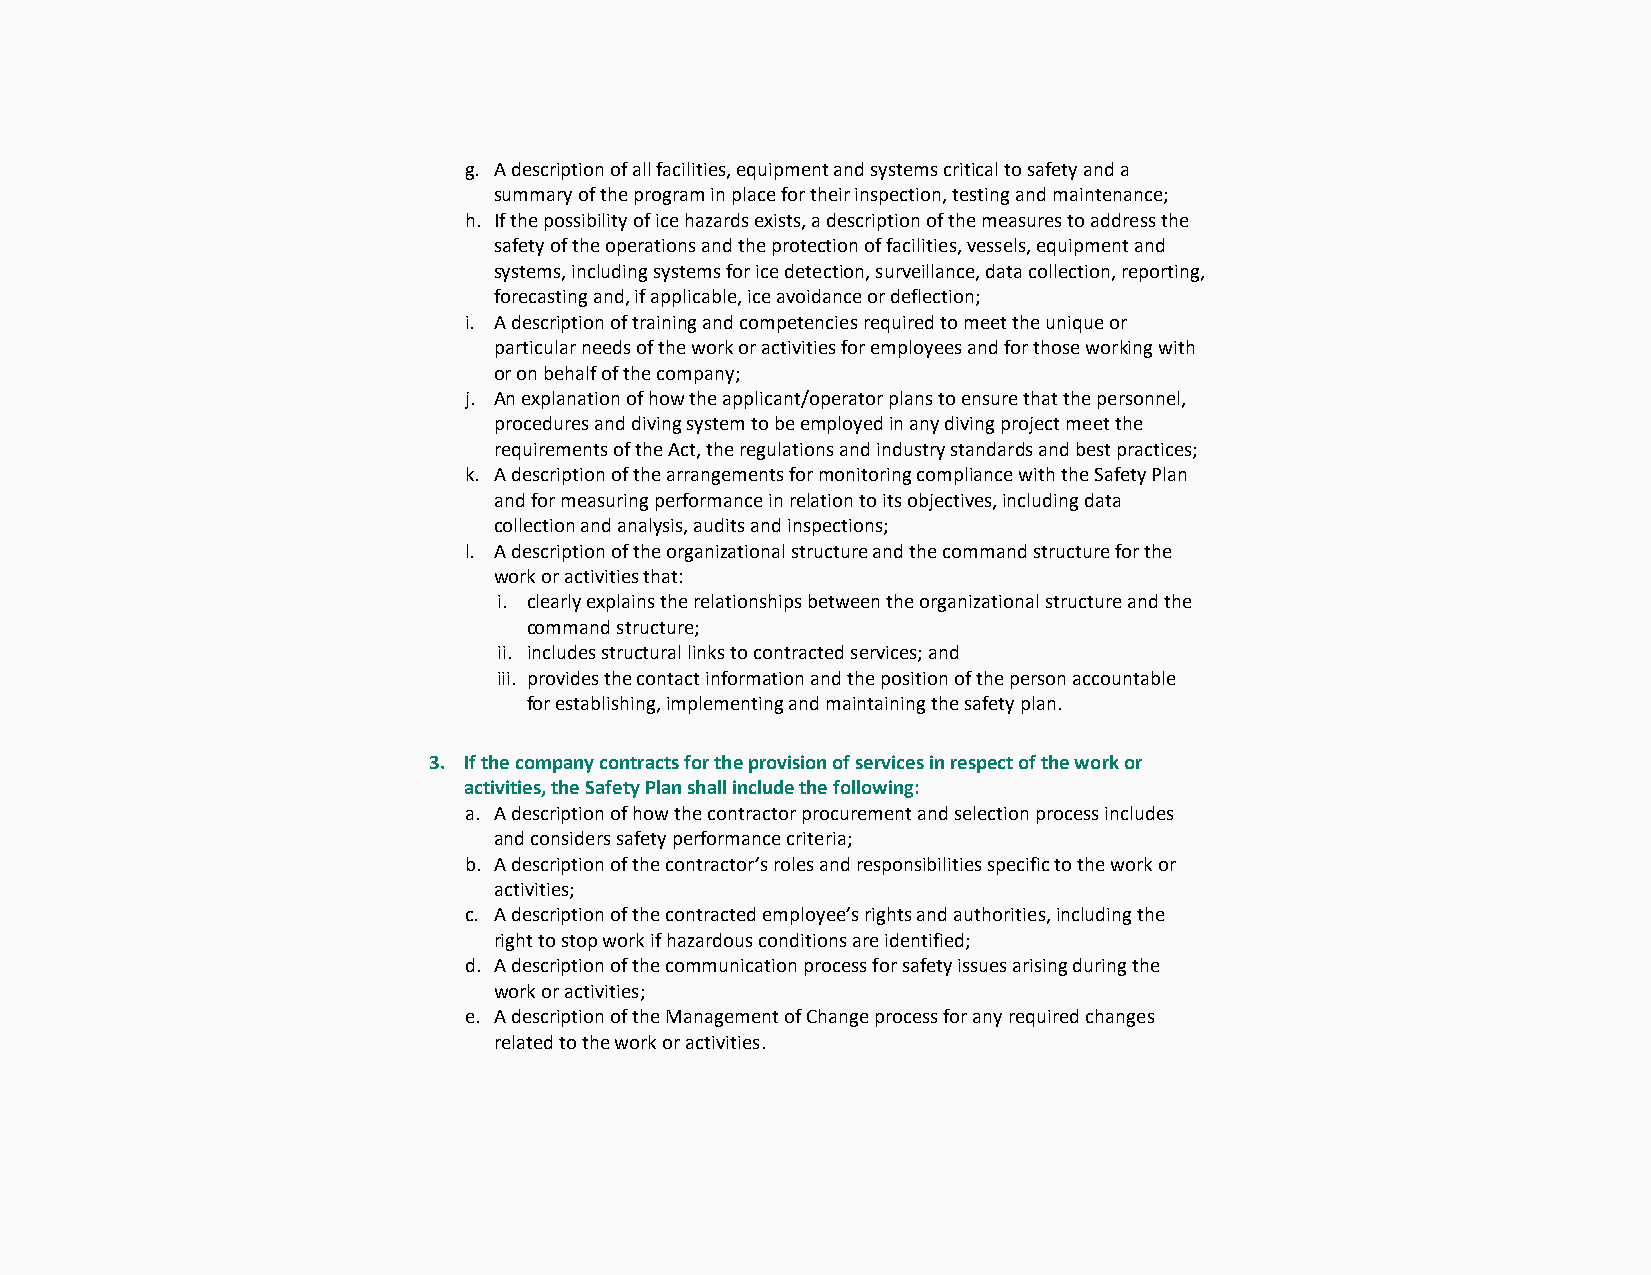
g. A description of all facilities, equipment and systems critical to safety and a
 summary of the program in place for their inspection, testing and maintenance;
 h. If the possibility of ice hazards exists, a description of the measures to address the
 safety of the operations and the protection of facilities, vessels, equipment and
 systems, including systems for ice detection, surveillance, data collection, reporting,
 forecasting and, if applicable, ice avoidance or deflection;
 i. A description of training and competencies required to meet the unique or
 particular needs of the work or activities for employees and for those working with
 or on behalf of the company;
 j. An explanation of how the applicant/operator plans to ensure that the personnel,
 procedures and diving system to be employed in any diving project meet the
 requirements of the Act, the regulations and industry standards and best practices;
 k. A description of the arrangements for monitoring compliance with the Safety Plan
 and for measuring performance in relation to its objectives, including data
 collection and analysis, audits and inspections;
 l. A description of the organizational structure and the command structure for the
 work or activities that:
 i. clearly explains the relationships between the organizational structure and the
 command structure;
 ii. includes structural links to contracted services; and
 iii. provides the contact information and the position of the person accountable
 for establishing, implementing and maintaining the safety plan.
 3. If the company contracts for the provision of services in respect of the work or
 activities, the Safety Plan shall include the following:
 a. A description of how the contractor procurement and selection process includes
 and considers safety performance criteria;
 b. A description of the contractor’s roles and responsibilities specific to the work or
 activities;
 c. A description of the contracted employee’s rights and authorities, including the
 right to stop work if hazardous conditions are identified;
 d. A description of the communication process for safety issues arising during the
 work or activities;
 e. A description of the Management of Change process for any required changes
 related to the work or activities.